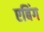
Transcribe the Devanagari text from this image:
एबिंग